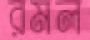
রমল